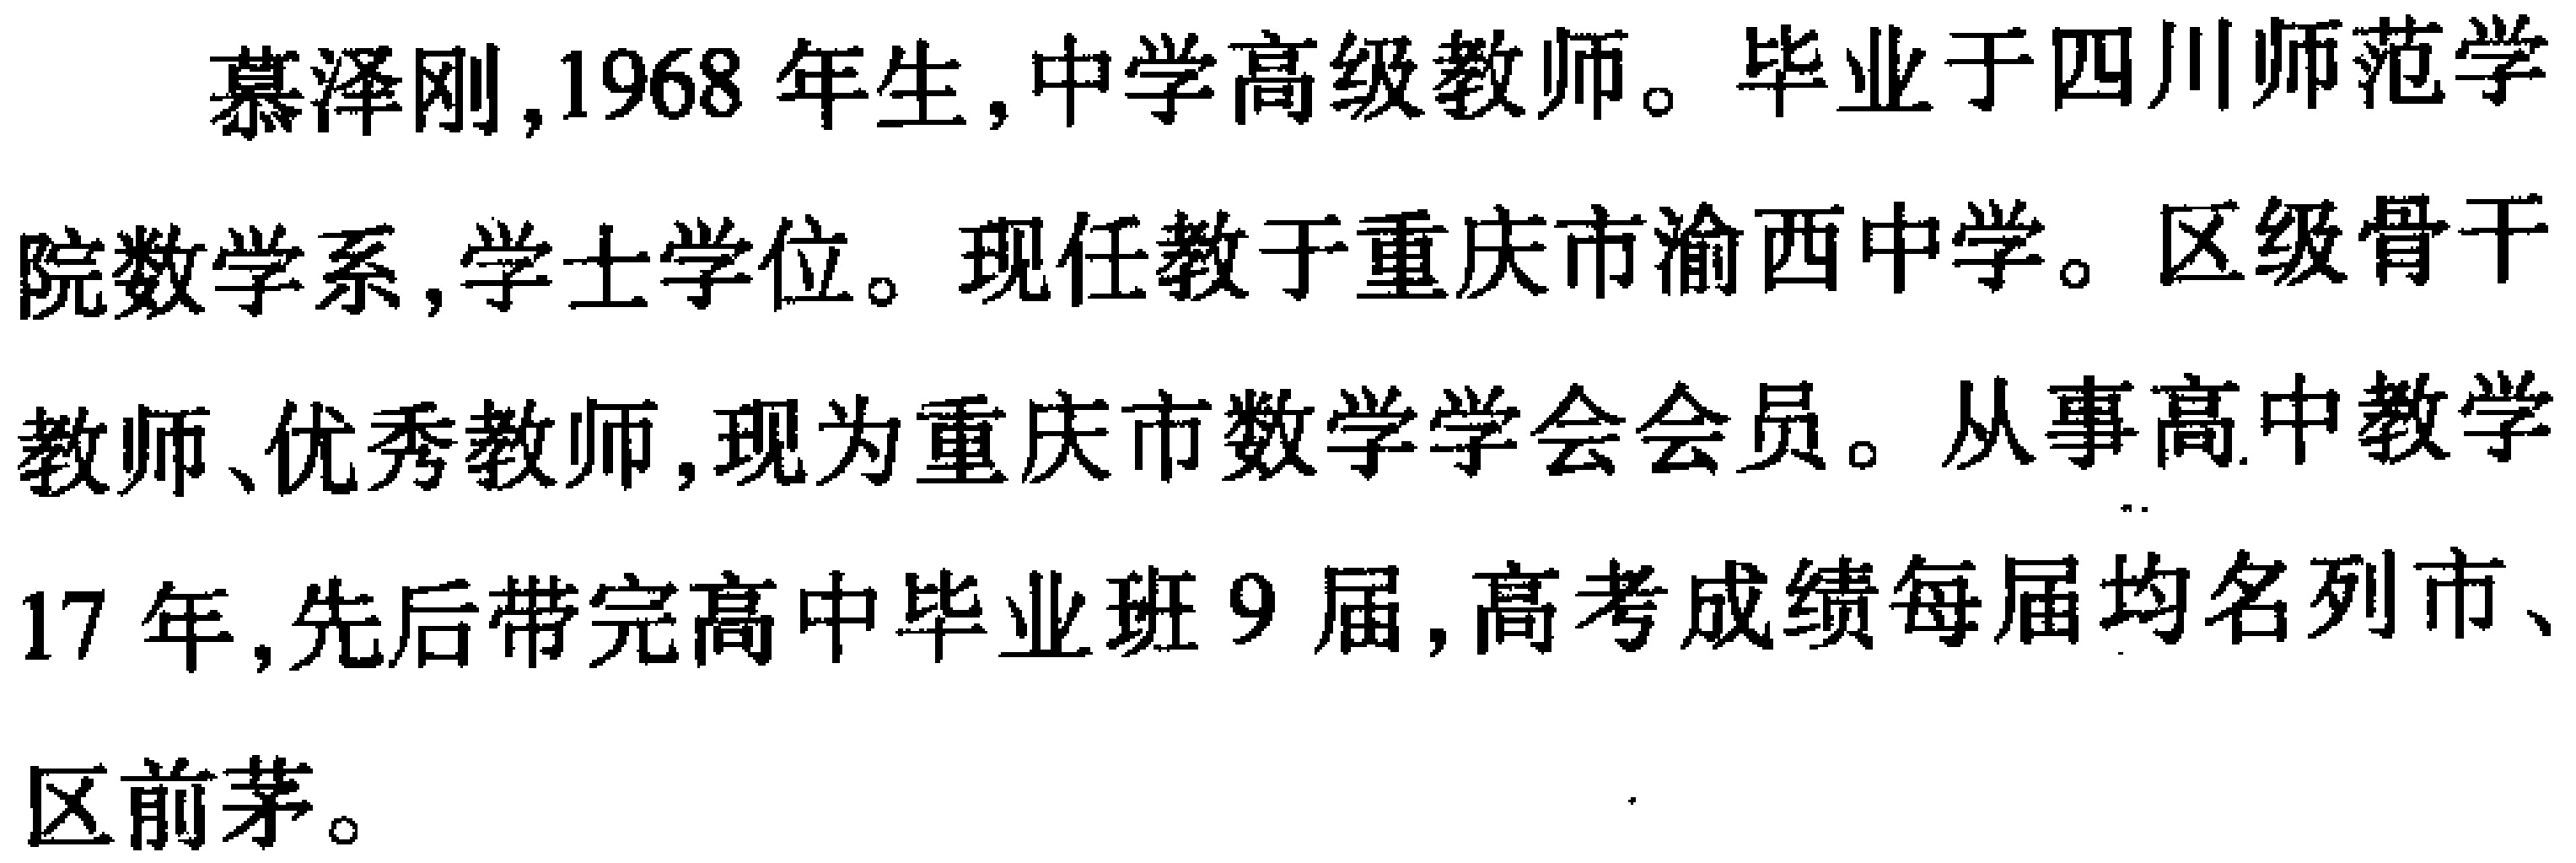
慕泽刚,1968 年生,中学高级教师。毕业于四川师范学院数学系,学士学位。现任教于重庆市渝西中学。区级骨干教师、优秀教师,现为重庆市数学学会会员。从事高中教学17 年,先后带完高中毕业班 9 届,高考成绩每届均名列市、区前茅。